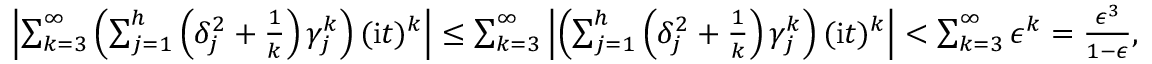
\begin{array} { r l r } & { } & { \left| \sum _ { k = 3 } ^ { \infty } \left( \sum _ { j = 1 } ^ { h } \left( \delta _ { j } ^ { 2 } + \frac { 1 } { k } \right) \gamma _ { j } ^ { k } \right) ( \mathrm { i } t ) ^ { k } \right| \leq \sum _ { k = 3 } ^ { \infty } \left| \left( \sum _ { j = 1 } ^ { h } \left( \delta _ { j } ^ { 2 } + \frac { 1 } { k } \right) \gamma _ { j } ^ { k } \right) ( \mathrm { i } t ) ^ { k } \right| < \sum _ { k = 3 } ^ { \infty } \epsilon ^ { k } = \frac { \epsilon ^ { 3 } } { 1 - \epsilon } , } \end{array}